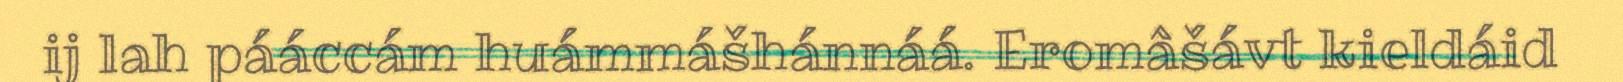
ij lah pááccám huámmášhánnáá. Eromâšávt kieldáid